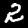
Digit: 2